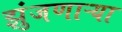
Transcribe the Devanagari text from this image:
झुंजणाऱ्या